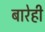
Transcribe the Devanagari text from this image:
बारेही